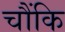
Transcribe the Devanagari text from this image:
चौंकि